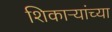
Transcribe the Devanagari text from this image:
शिकाऱ्यांच्या